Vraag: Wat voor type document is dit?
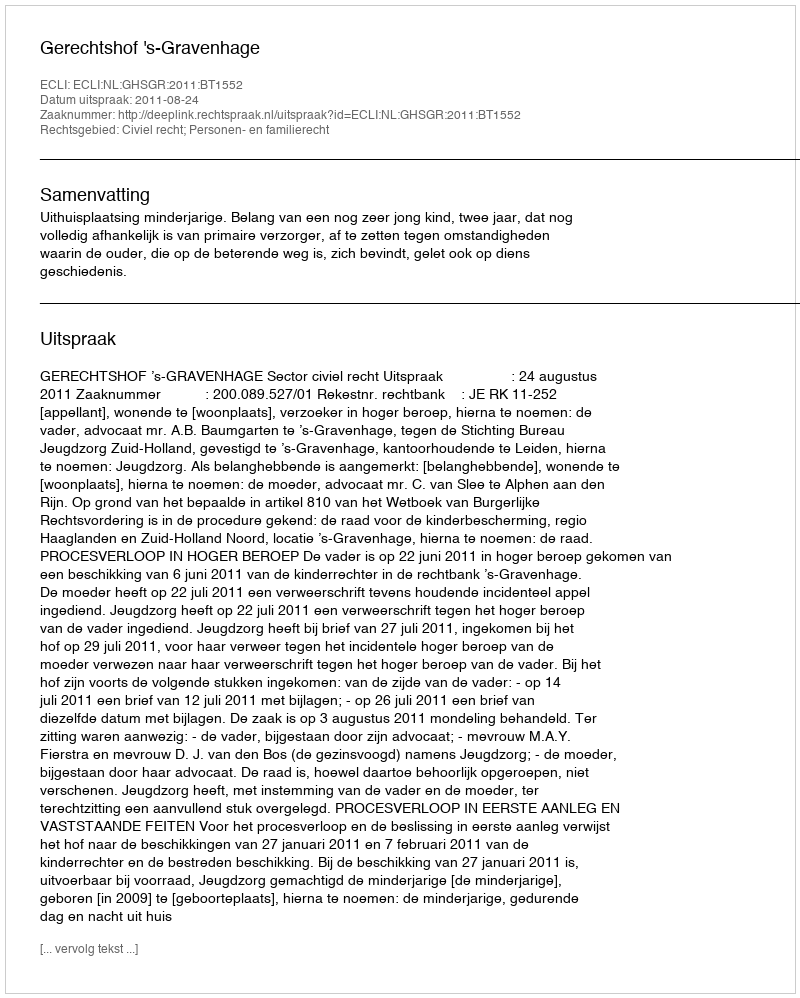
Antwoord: Uitspraak